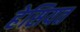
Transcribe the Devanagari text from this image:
हेसियत